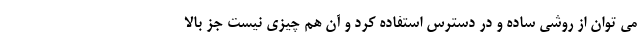
می توان از روشی ساده و در دسترس استفاده کرد و آن هم چیزی نیست جز بالا